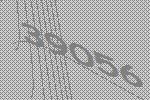
39056